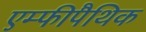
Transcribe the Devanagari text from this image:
एम्फीपैथिक